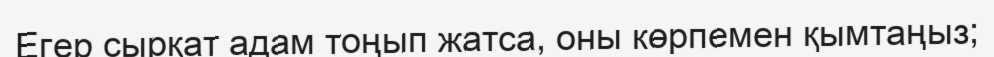
Егер сырқат адам тоңып жатса, оны көрпемен қымтаңыз;